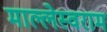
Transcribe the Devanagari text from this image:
माल्लेस्वराम